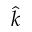
\hat { k }